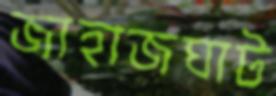
জাহাজঘাট